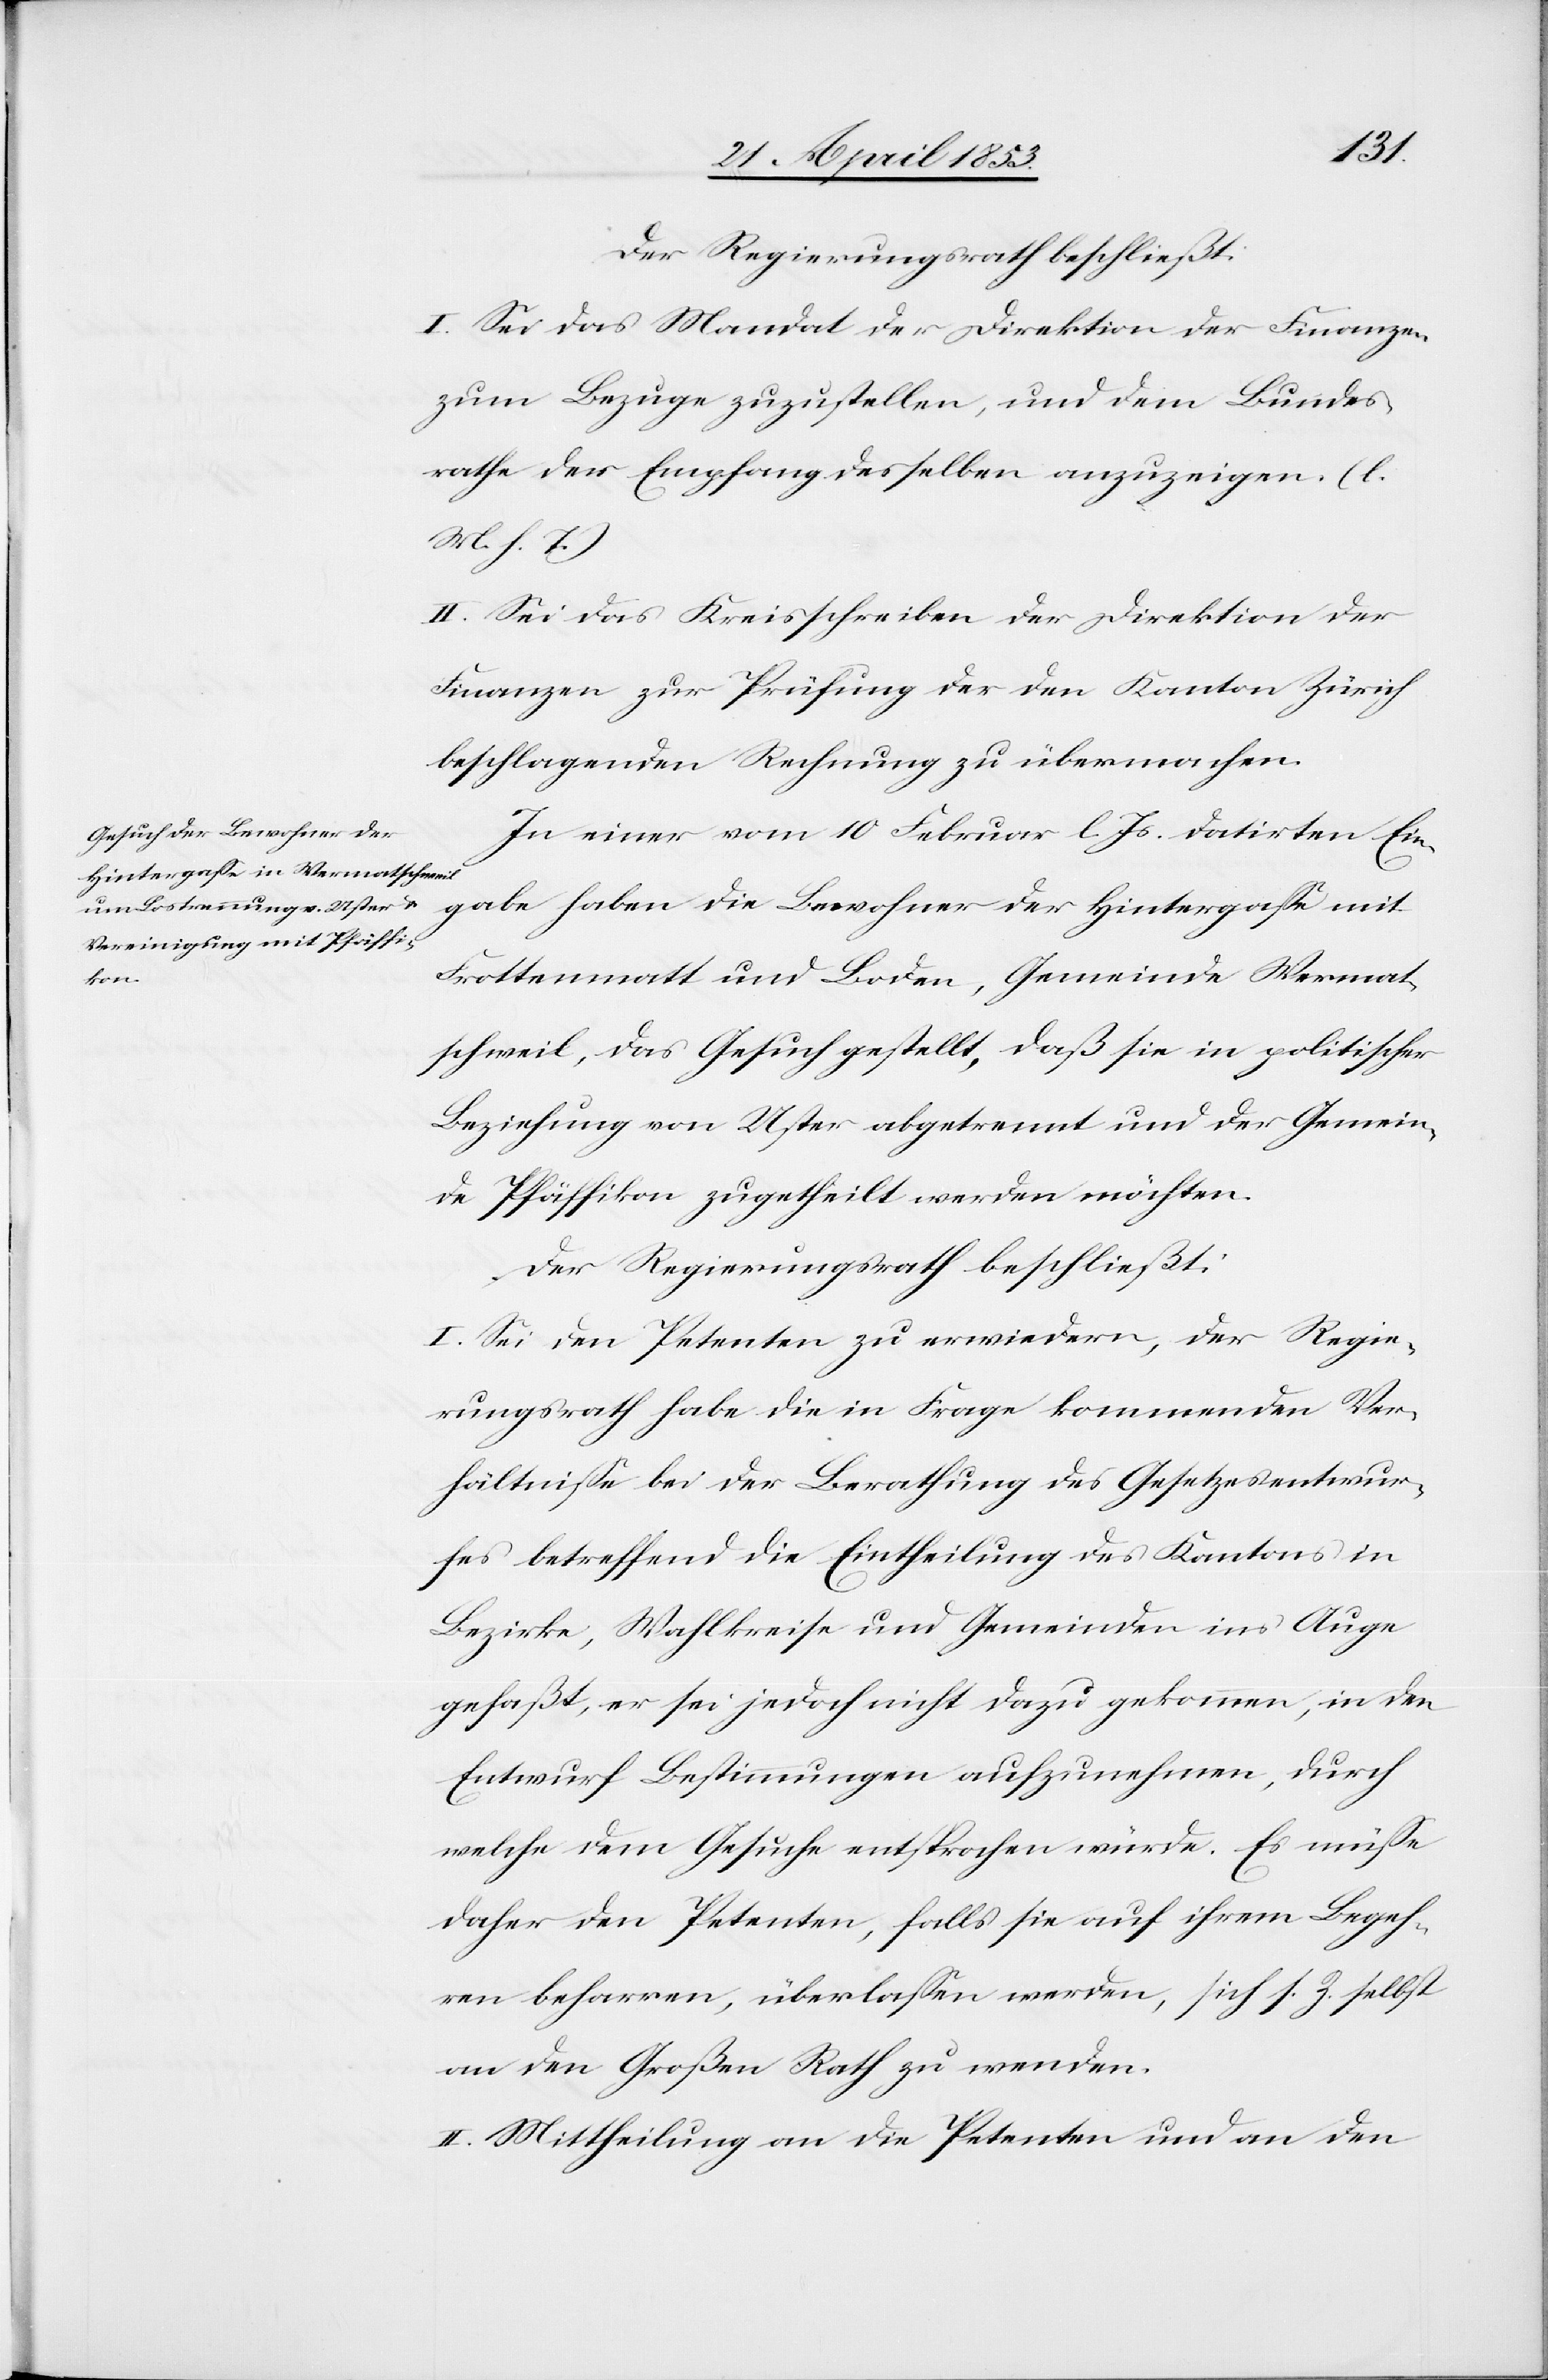
I. Sei das Mandat der Direktion der Finanzen
zum Bezuge zuzustellen, und dem Bundes¬
rathe der Empfang desselben anzuzeigen. [l.
M. h. T]
II. Sei das Kreisschreiben der Direktion der
Finanzen zur Prüfung der den Kanton Zürich
beschlagenden Rechnung zu übermachen.
In einer vom 10 Februar l. Js. datirten Ein¬
gabe haben die Bewohner der Hintergaße mit
Frottenmatt und Boden, Gemeinde Wermat¬
schweil, das Gesuch gestellt, daß sie in politischer
Beziehung von Uster abgetrennt und der Gemein¬
de Pfäffikon zugetheilt werden möchten.
Der Regierungsrath beschließt:
I. Sei den Petenten zu erwiedern, der Regie¬
rungsrath habe die in Frage kommenden Ver¬
hältniße bei der Berathung des Gesetzesentwur¬
fes betreffend die Eintheilung des Kantons in
Bezirke, Wahlkreise und Gemeinden ins Auge
gefaßt, er sei jedoch nicht dazu gekommen, in den
Entwurf Bestimmungen aufzunehmen, durch
welchem dem Gesuche entsprochen würde. Es müße
daher den Petenten, falls sie auf ihrem Begeh¬
ren beharren, überlaßen werden, sich s. Z. selbst
an den Großen Rath zu wenden.
II. Mittheilung an die Petenten und an den